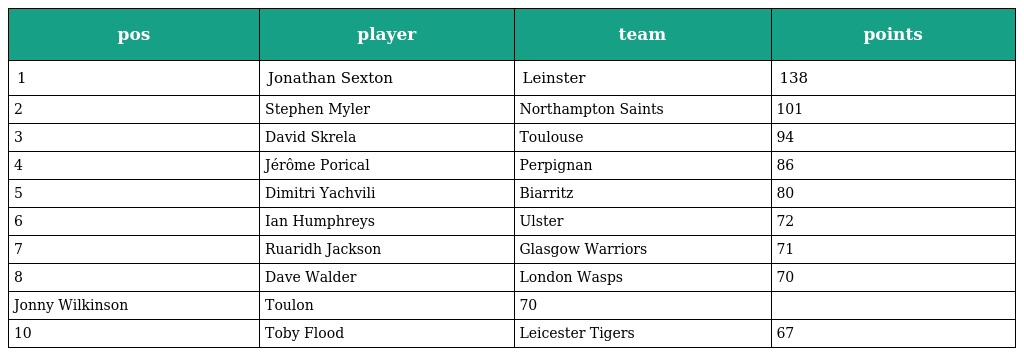
| pos | player | team | points |
 | --- | --- | --- | --- |
 | 1 | Jonathan Sexton | Leinster | 138 |
 | 2 | Stephen Myler | Northampton Saints | 101 |
 | 3 | David Skrela | Toulouse | 94 |
 | 4 | Jérôme Porical | Perpignan | 86 |
 | 5 | Dimitri Yachvili | Biarritz | 80 |
 | 6 | Ian Humphreys | Ulster | 72 |
 | 7 | Ruaridh Jackson | Glasgow Warriors | 71 |
 | 8 | Dave Walder | London Wasps | 70 |
 | Jonny Wilkinson | Toulon | 70 |  |
 | 10 | Toby Flood | Leicester Tigers | 67 |